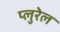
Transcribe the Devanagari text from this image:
प्लुरेल